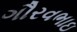
ગૌરવભાઇ